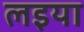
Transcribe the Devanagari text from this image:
लइया